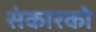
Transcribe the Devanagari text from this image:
संकारको